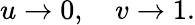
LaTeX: u\rightarrow 0,\quad v\rightarrow 1.